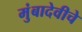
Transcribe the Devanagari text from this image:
मुंबादेवीचे